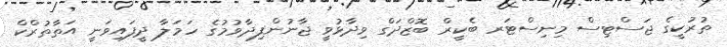
ތުރުކީގެ ޖަސްޓިސް މިނިސްޓަރ ބެކީރް ބޮޒްދަގް ވިދާޅުވީ ޖާނުންފިދާވުމުގެ ހަމަލާ ދީފައިވަނީ އަތާތުރްކް